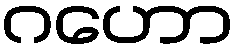
ဂဟော